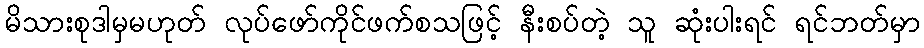
မိသားစုဒါမှမဟုတ် လုပ်ဖော်ကိုင်ဖက်စသဖြင့် နီးစပ်တဲ့ သူ ဆုံးပါးရင် ရင်ဘတ်မှာ